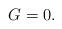
LaTeX: \begin{align*}G=0 . \end{align*}